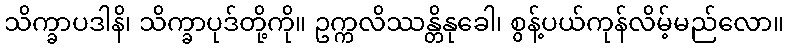
သိက္ခာပဒါနိ၊ သိက္ခာပုဒ်တို့ကို။ ဥက္ကလိဿန္တိနုခေါ၊ စွန့်ပယ်ကုန်လိမ့်မည်လော။